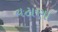
વટાણા